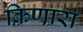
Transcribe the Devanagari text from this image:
किणारा